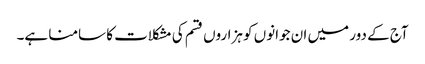
آج کے دور میں ان جوانوں کو ہزاروں قسم کی مشکلات کا سامنا ہے۔